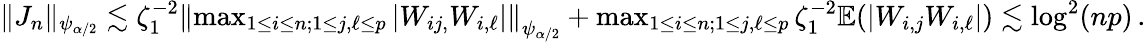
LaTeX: \begin{array}{r}{\| J_{n}\| _{\psi_{\alpha/2}}\lesssim\zeta_{1}^{-2}\left\| \operatorname*{max}_{1\leq i\leq n;1\leq j,\ell\leq p}|W_{ij,}W_{i,\ell}|\right\| _{\psi_{\alpha/2}}+\operatorname*{max}_{1\leq i\leq n;1\leq j,\ell\leq p}\zeta_{1}^{-2}{\mathbb{E}}(|W_{i,j}W_{i,\ell}|)\lesssim\log^{2}(np)\, .}\end{array}